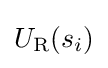
U_{\text{R}}(s_{i})